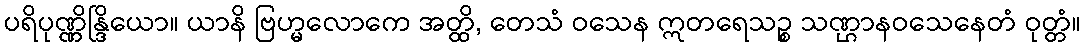
ပရိပုဏ္ဏိန္ဒြိယော။ ယာနိ ဗြဟ္မလောကေ အတ္ထိ, တေသံ ဝသေန ဣတရေသဉ္စ သဏ္ဌာနဝသေနေတံ ဝုတ္တံ။